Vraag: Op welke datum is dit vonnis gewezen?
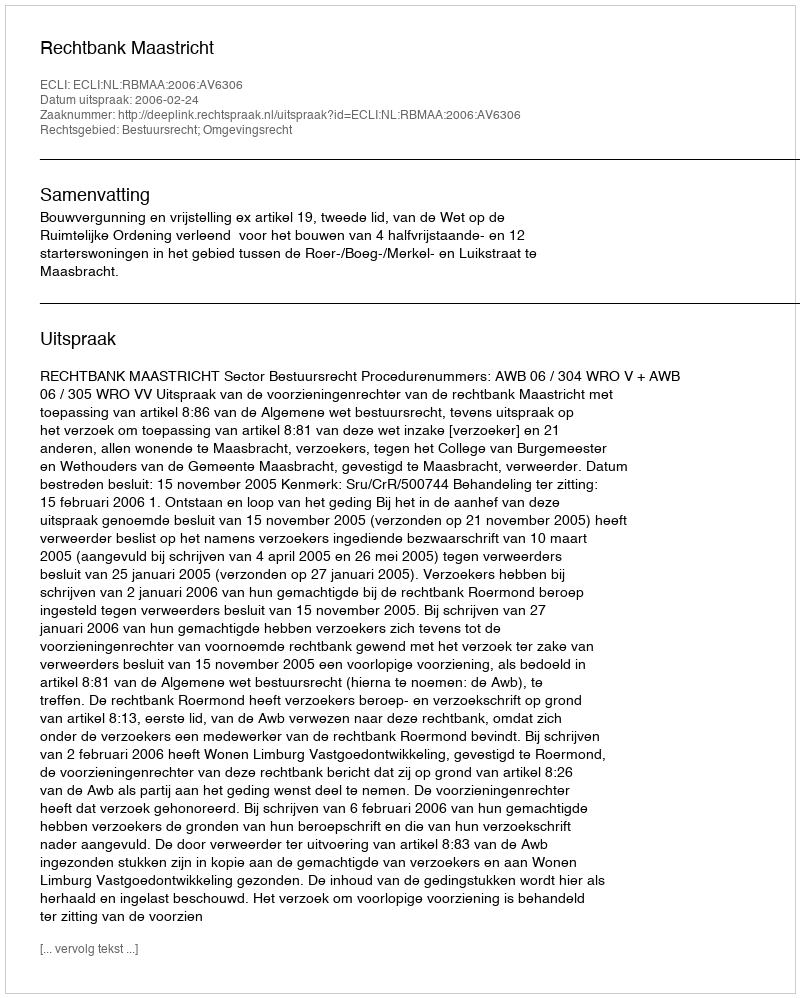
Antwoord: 2006-02-24